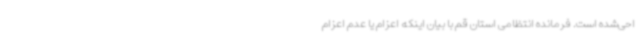
احی‌شده است. فرمانده انتظامی استان قم با بیان اینکه اعزام یا عدم اعزام